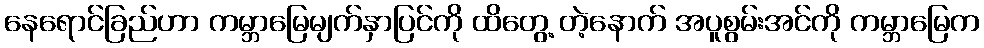
နေရောင်ခြည်ဟာ ကမ္ဘာမြေမျက်နှာပြင်ကို ထိတွေ့ တဲ့နောက် အပူစွမ်းအင်ကို ကမ္ဘာမြေက